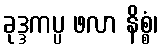
ခုဒ္ဒကပ္ပ ဖလာ နိစ္စံ၊